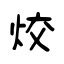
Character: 烄